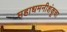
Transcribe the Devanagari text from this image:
महाधमनीशंकूचा